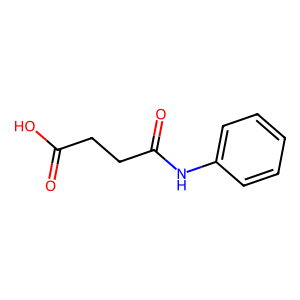
SMILES: O=C(O)CCC(=O)Nc1ccccc1
Inhibits HIV replication: No